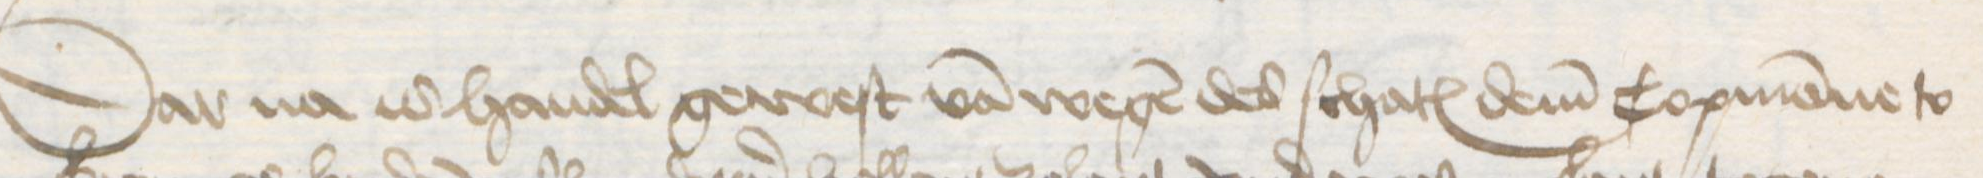
Dar na is handel gewest van wegen des schates dem Copmanne to